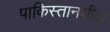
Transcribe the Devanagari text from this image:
पाकिस्तानधील